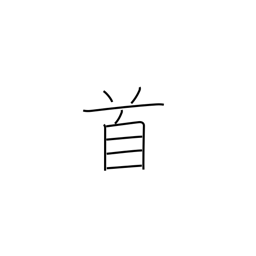
Meaning: counter for songs and poems